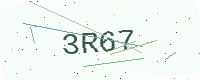
Text: 3R67